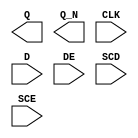
module sky130_fd_sc_hd__sedfxbp (
    Q  ,
    Q_N,
    CLK,
    D  ,
    DE ,
    SCD,
    SCE
);

    output Q  ;
    output Q_N;
    input  CLK;
    input  D  ;
    input  DE ;
    input  SCD;
    input  SCE;

    // Voltage supply signals
    supply1 VPWR;
    supply0 VGND;
    supply1 VPB ;
    supply0 VNB ;

endmodule